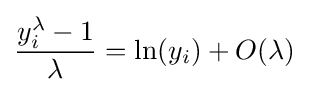
{\dfrac {y_{i}^{\lambda }-1}{\lambda }}=\ln(y_{i})+O(\lambda )